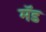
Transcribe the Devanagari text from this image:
मॅड